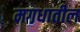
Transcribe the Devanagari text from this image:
मगधातील